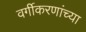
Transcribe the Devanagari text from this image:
वर्गीकरणांच्या